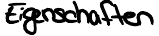
Eigenschaften